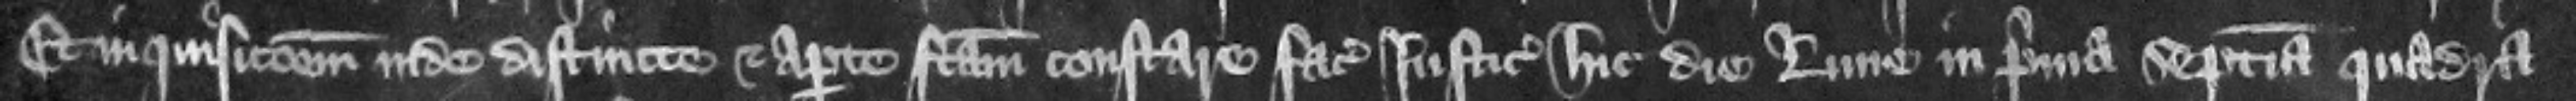
Et inquisicionem inde distincte et aperte factam constare faciat iusticiariis hic die Lune in prima septimana quadra